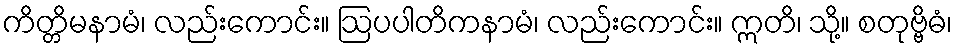
ကိတ္တိမနာမံ၊ လည်းကောင်း။ ဩပပါတိကနာမံ၊ လည်းကောင်း။ ဣတိ၊ သို့။ စတုဗ္ဗိဓံ၊